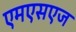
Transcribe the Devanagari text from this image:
एमएसएज